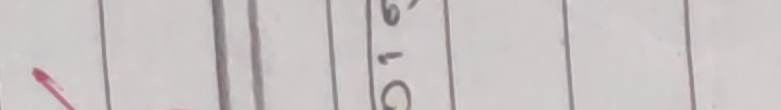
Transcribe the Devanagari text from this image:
०७९